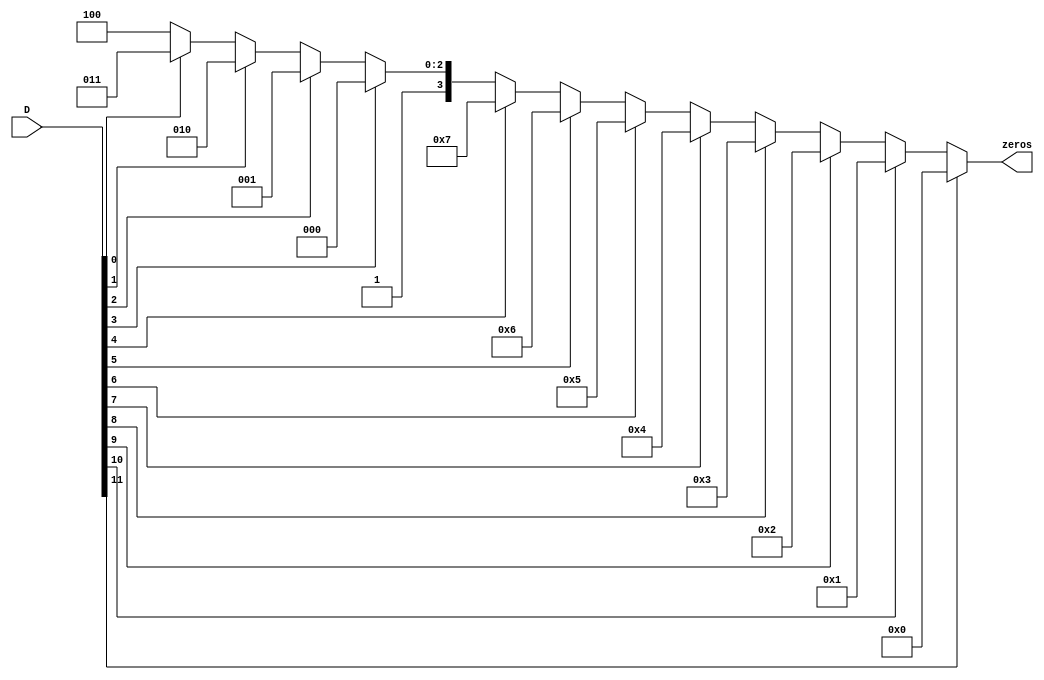
`timescale 1ns / 1ps
//////////////////////////////////////////////////////////////////////////////////
// Company: 
// Engineer: 
// 
// Design Name: 
// Module Name:    leadingZero 
// Project Name: 
// Target Devices: 
// Tool versions: 
// Description: 
//
// Dependencies: 
//
// Revision: 
// Revision 0.01 - File Created
// Additional Comments: 
//
//////////////////////////////////////////////////////////////////////////////////
module leadingZero(D, zeros);

input wire [11:0] D;
output wire [3:0] zeros;
reg count = 1;
reg false = 0;

assign zeros = (D[11] == 0) ? ((D[10] == 0) ? ((D[9] == 0) ? ((D[8] == 0) ? ((D[7] == 0) ? ((D[6] == 0) ? ((D[5] == 0)? ((D[4] == 0) ? ((D[3] == 0) ? ((D[2] == 0) ? ((D[1] == 0) ? ((D[0] == 0) ? 4'b1100 : 4'b1011) : 4'b1010) : 4'b1001) : 4'b1000) : 3'b111) :3'b110) : 3'b101) : 3'b100) : 2'b11) : 2'b10) : 1'b1) : 1'b0 ;
/*
assign zeros = (D[11] == 0) ? (
					(D[10] == 0) ? (
					(D[9] == 0) ? (
					(D[8] == 0) ? (
					(D[7] == 0) ? (
					(D[6] == 0) ? (
					(D[5] == 0) ? (
					(D[4] == 0) ? (
					(D[3] == 0) ? (
					(D[2] == 0) ? (
					(D[1] == 0) ? (
					(D[0] == 0) ?
					4'b1100 : 
					4'b1011;
					): 4'b1010;
					): 4'b1001;
					): 4'b1000;
					): 3'b111;
					): 3'b110;
					): 3'b101;
					): 3'b100;
					): 2'b11;
					): 2'b10;
					): 1'b1;
					): 1'b0;
*/

/*
assign zeros = (D[11] == 0) ? 1 : 0;
assign zeros = ((D[10] == 0) & (zeros == 1)) ? 2 : 1;

assign zeros = ((D[9] == 0) & (zeros == 2)) ? 3 : 2'b10;
assign zeros = ((D[8] == 0) & (zeros == 3)) ? 4 : 3;
assign zeros = ((D[7] == 0) & (zeros == 4)) ? 5 : 4;
assign zeros = ((D[6] == 0) & (zeros == 5)) ? 6 : 5;
assign zeros = ((D[5] == 0) & (zeros == 6)) ? 7 : 6;
assign zeros = ((D[4] == 0) & (zeros == 7)) ? 8 : 7;
assign zeros = ((D[3] == 0) & (zeros == 8)) ? 9 : 8;
assign zeros = ((D[2] == 0) & (zeros == 9)) ? 10 : 9;
assign zeros = ((D[1] == 0) & (zeros == 10)) ? 11 : 10;
assign zeros = ((D[1] == 0) & (zeros == 11)) ? 12 : 11;
*/
endmodule